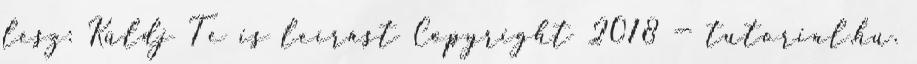
lesz: Küldj Te is leírást Copyright 2018 — tutorial.hu.